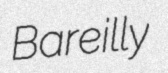
Bareilly